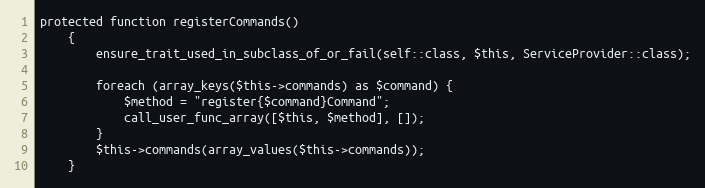
Language: PHP
protected function registerCommands()
    {
        ensure_trait_used_in_subclass_of_or_fail(self::class, $this, ServiceProvider::class);

        foreach (array_keys($this->commands) as $command) {
            $method = "register{$command}Command";
            call_user_func_array([$this, $method], []);
        }
        $this->commands(array_values($this->commands));
    }